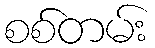
စစ်တမ်း